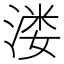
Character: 溇